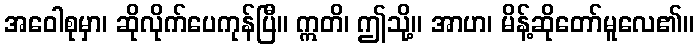
အဝေါစုမှာ၊ ဆိုလိုက်ပေကုန်ပြီ။ ဣတိ၊ ဤသို့။ အာဟ၊ မိန့်ဆိုတော်မူလေ၏။